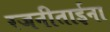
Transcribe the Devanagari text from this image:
रजनीताईना